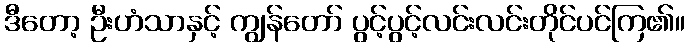
ဒီတော့ ဦးဟံသာနှင့် ကျွန်တော် ပွင့်ပွင့်လင်းလင်းတိုင်ပင်ကြ၏။